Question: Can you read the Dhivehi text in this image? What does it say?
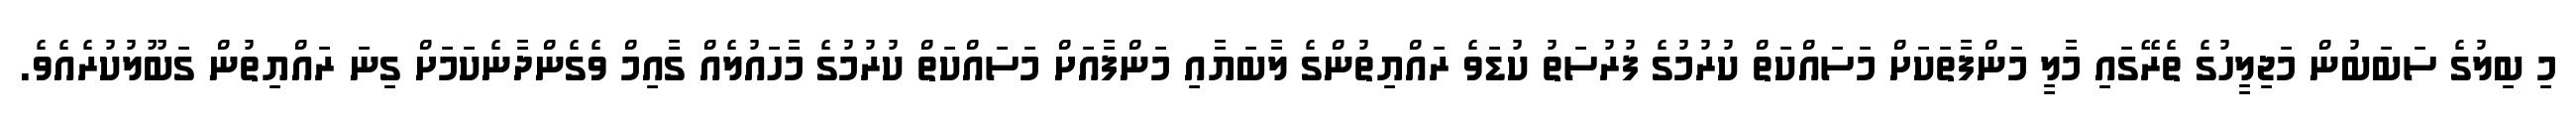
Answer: މި ބިލުގެ ސަބަބުން މަޖިލީހުގެ ތެރޭގައި މާލީ މަންފާތަކަށް މަސައްކަތް ކުރުމުގެ ފުރުސަތު ކުޑަވެ ރައްޔިތުންގެ ލާބަޔާއި މަންފާއަށް މަސައްކަތް ކުރުމުގެ މާހައުލެއް ގާއިމް ވެގެންދާނެކަމަށް ގިނަ ރައްޔިތުން ގަބޫލުކުރެއެވެ.